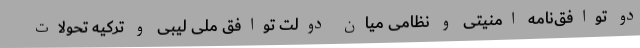
دو توافق‌نامه امنیتی و نظامی میان دولت توافق ملی لیبی و ترکیه تحولات